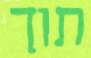
תוך